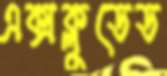
এক্সক্লুডেড